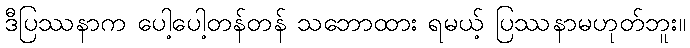
ဒီပြဿနာက ပေါ့ပေါ့တန်တန် သဘောထား ရမယ့် ပြဿနာမဟုတ်ဘူး။